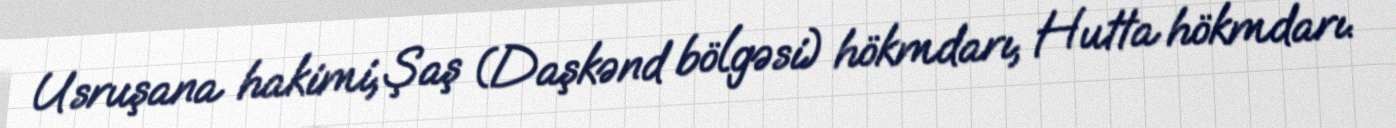
Usruşana hakimi, Şaş (Daşkənd bölgəsi) hökmdarı, Hutta hökmdarı.